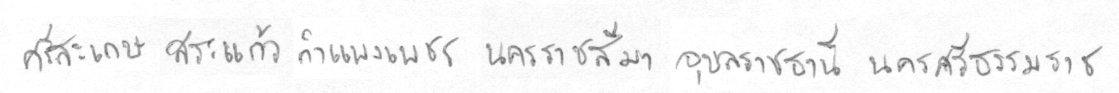
ศรีสะเกษสระแก้วกำแพงเพชรนครราชสีมาอุลราชธานีนครศรีธรรมราช